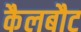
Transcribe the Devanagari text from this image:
कैलबौट